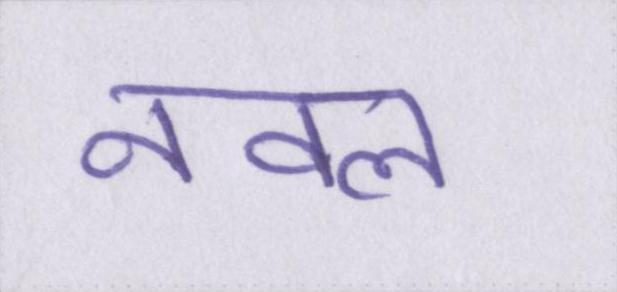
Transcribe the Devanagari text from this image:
नवल